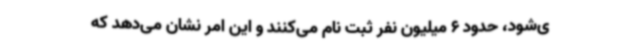
ی‌شود، حدود 6 میلیون نفر ثبت نام می‌کنند و این امر نشان می‌دهد که